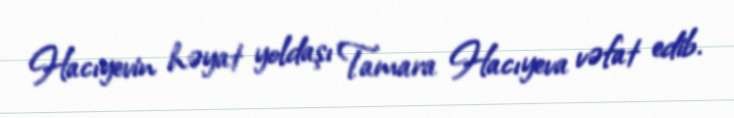
Hacıyevin həyat yoldaşı Tamara Hacıyeva vəfat edib.